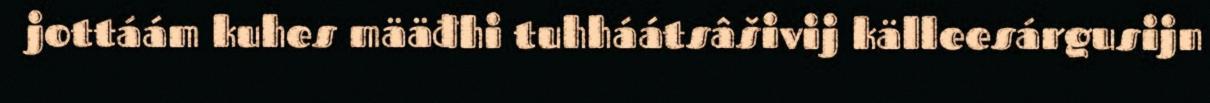
jottáám kuhes määđhi tuhháátsâšivij källeesárgusijn